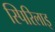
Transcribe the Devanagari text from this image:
स्पिरिलाइ